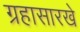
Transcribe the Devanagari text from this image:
ग्रहासारखे